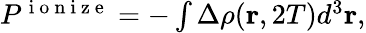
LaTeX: \begin{array}{r}{P^{\mathrm{~i~o~n~i~z~e~}}=-\int\Delta\rho(\mathbf{r},2T)d^{3}\mathbf{r},}\end{array}